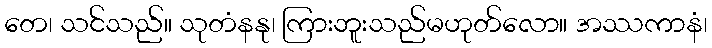
တေ၊ သင်သည်။ သုတံနနု၊ ကြားဘူးသည်မဟုတ်လော။ အဿကာနံ၊